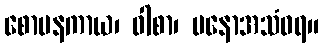
စောပနကာယ၊ ဝါစာ၊ မနောအသံဝရ။